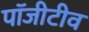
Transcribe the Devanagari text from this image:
पॉजीटीव